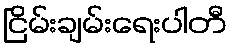
ငြိမ်းချမ်းရေးပါတီ